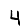
Digit: 4